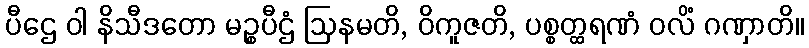
ပီဌေ ဝါ နိသီဒတော မဉ္စပီဌံ ဩနမတိ, ဝိကူဇတိ, ပစ္စတ္ထရဏံ ဝလိံ ဂဏှာတိ။